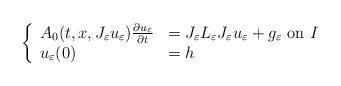
LaTeX: \begin{align*}\left\{\begin{array}{ll}A_0(t,x,J_\varepsilon u_\varepsilon)\frac{\partial u_\varepsilon}{\partial t}&=J_\varepsilon L_\varepsilon J_\varepsilon u_\varepsilon+g_\varepsilon\textrm{ on }I\\ u_\varepsilon(0)&=h\end{array}\right. \end{align*}